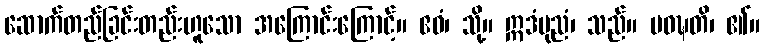
ဆောက်တည်ခြင်းတည်းဟူသော အကြောင်းကြောင့်။ ဧဝံ၊ သို့။ ဣဒံပုညံ၊ သည်။ ပဝဍ္ဎတိ၊ ၏။